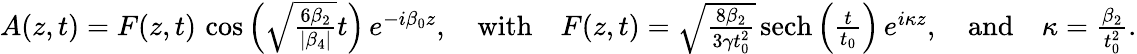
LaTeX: \begin{array}{r}{A(z,t)=F(z,t)\, \cos\left(\sqrt{\frac{6\beta_{2}}{|\beta_{4}|}}t\right)\, e^{-i\beta_{0}z},\quad\mathrm{with}\quad F(z,t)=\sqrt{\frac{8\beta_{2}}{3\gamma t_{0}^{2}}}\, \mathrm{{sech}}\left(\frac{t}{t_{0}}\right)\, e^{i\kappa z},\quad\mathrm{and}\quad\kappa=\frac{\beta_{2}}{t_{0}^{2}}.}\end{array}